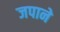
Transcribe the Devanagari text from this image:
जपाने